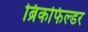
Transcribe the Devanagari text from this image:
ब्रिकफिल्डर